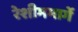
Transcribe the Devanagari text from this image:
रेशीममार्गे